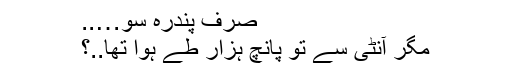
صرف پندرہ سو…..
مگر آنٹی سے تو پانچ ہزار طے ہوا تھا..؟